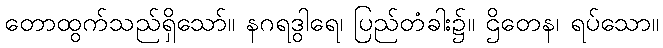
တောထွက်သည်ရှိသော်။ နဂရဒွါရေ၊ ပြည်တံခါး၌။ ဌိတေန၊ ရပ်သော။